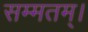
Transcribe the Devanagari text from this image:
सम्मतम्।